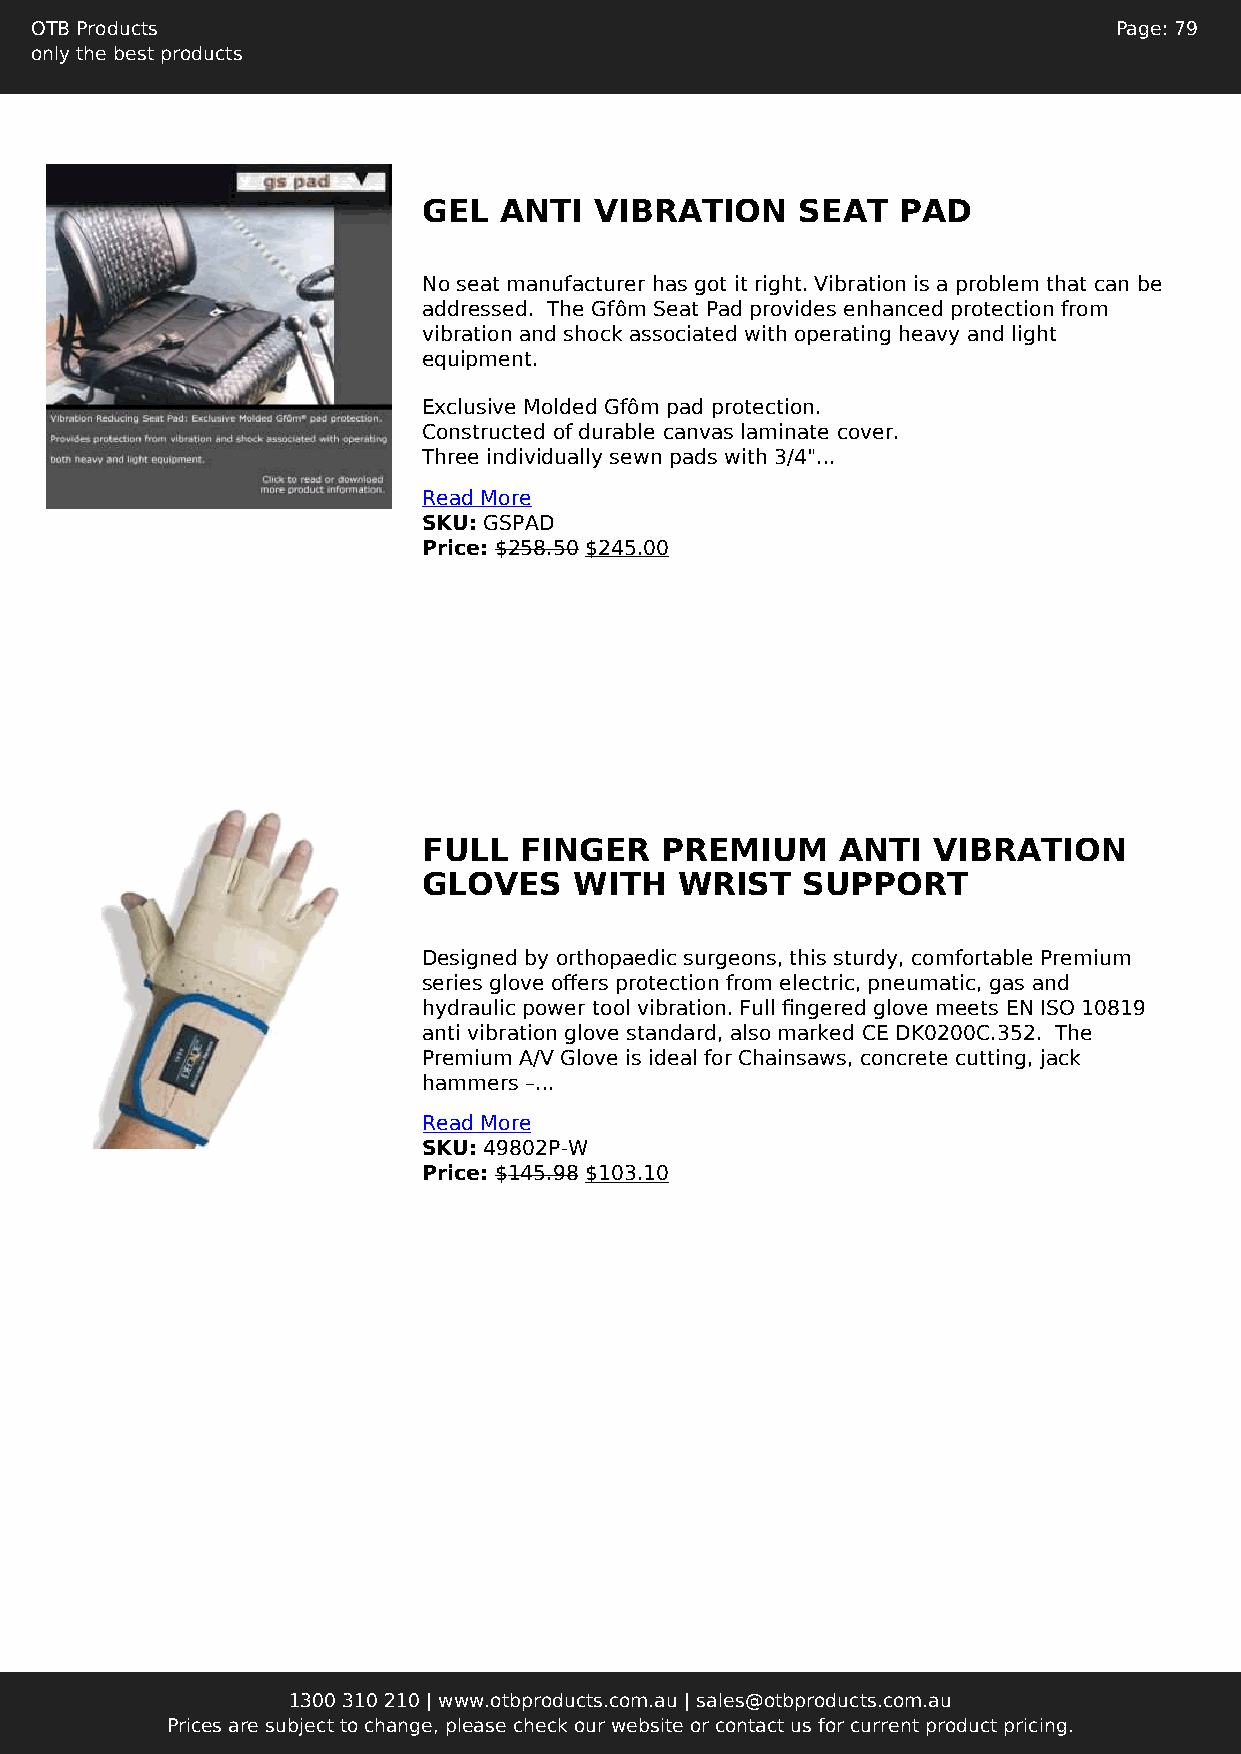
OTB Products                                                            Page: 79
 only the best products
 GEL  ANTI  VIBRATION     SEAT  PAD
 No seat manufacturer has got it right. Vibration is a problem that can be
 addressed. The Gfôm Seat Pad provides enhanced protection from
 vibration and shock associated with operating heavy and light
 equipment.
 Exclusive Molded Gfôm pad protection.
 Constructed of durable canvas laminate cover.
 Three individually sewn pads with 3/4"...
 Read More
 SKU: GSPAD
 Price: $258.50 $245.00
 FULL  FINGER    PREMIUM     ANTI  VIBRATION
 GLOVES    WITH   WRIST   SUPPORT
 Designed by orthopaedic surgeons, this sturdy, comfortable Premium
 series glove offers protection from electric, pneumatic, gas and
 hydraulic power tool vibration. Full fingered glove meets EN ISO 10819
 anti vibration glove standard, also marked CE DK0200C.352. The
 Premium A/V Glove is ideal for Chainsaws, concrete cutting, jack
 hammers –...
 Read More
 SKU: 49802P-W
 Price: $145.98 $103.10
 1300 310 210 | www.otbproducts.com.au | sales@otbproducts.com.au
 Prices are subject to change, please check our website or contact us for current product pricing.